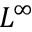
L ^ { \infty }